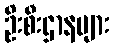
ဦးစီးဌာနများ